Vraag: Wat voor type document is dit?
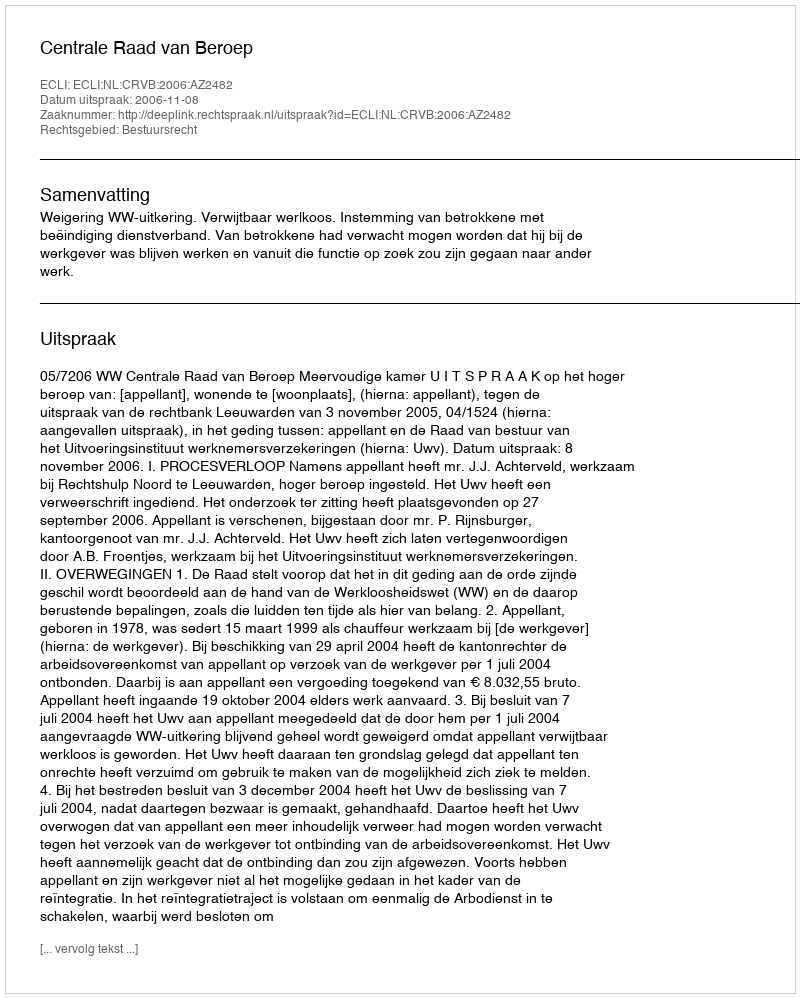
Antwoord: Uitspraak